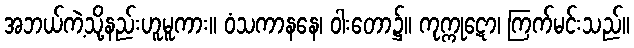
အဘယ်ကဲ့သို့နည်းဟူမူကား။ ဝံသကာနနေ၊ ဝါးတော၌။ ကုက္ကုဋော၊ ကြက်မင်းသည်။